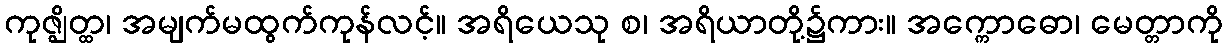
ကုဇ္ဈိတ္ထ၊ အမျက်မထွက်ကုန်လင့်။ အရိယေသု စ၊ အရိယာတို့၌ကား။ အက္ကောဓော၊ မေတ္တာကို